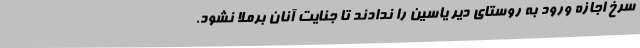
سرخ اجازه ورود به روستای دیر یاسین را ندادند تا جنایت آنان برملا نشود.